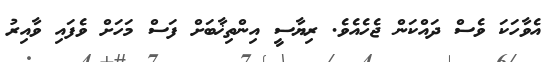
އެވާހަކަ ވެސް ދައްކަން ޖެހެއެވެ. ރިޔާސީ އިންތިޚާބަށް ފަސް މަހަށް ވެފައި ވާއިރު